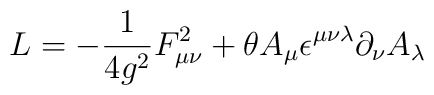
{\sl L} = -\frac{1}{4 g^2} F_{\mu \nu}^2  +  \theta A_\mu \epsilon^{\mu \nu \lambda} \partial_\nu A_\lambda